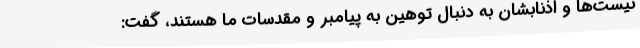
نیست‌ها و اذنابشان به دنبال توهین به پیامبر و مقدسات ما هستند، گفت: